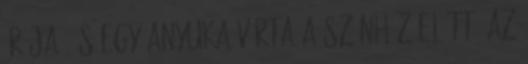
órája, és egy anyuka várta a színház előtt. Az